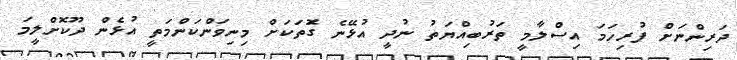
ދަރިންނަށް ފުރިހަމަ އިސްލާމީ ތަރުބިއްޔަތު ނުދީ އުޅޭނެ ގޮަތަކަށް މިނިވަންކަންމަތީ އުޅެން ދޫކޮށްލީމަ